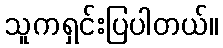
သူကရှင်းပြပါတယ်။